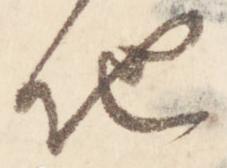
地